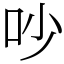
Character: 吵